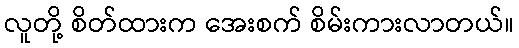
လူတို့ စိတ်ထားက အေးစက် စိမ်းကားလာတယ်။